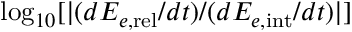
\log _ { 1 0 } [ | ( d { \cal E } _ { e , \mathrm { r e l } } / d t ) / ( d { \cal E } _ { e , \mathrm { i n t } } / d t ) | ]